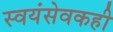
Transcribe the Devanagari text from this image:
स्वयंसेवकही